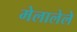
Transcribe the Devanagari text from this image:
मेलालेले